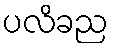
ပလိခည